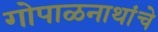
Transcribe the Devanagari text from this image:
गोपाळनाथांचे